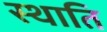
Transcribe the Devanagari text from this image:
स्थाति